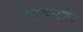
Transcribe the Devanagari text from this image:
बच्चनचा